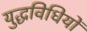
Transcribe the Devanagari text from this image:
युद्धविधियों